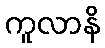
ကူလာနိ